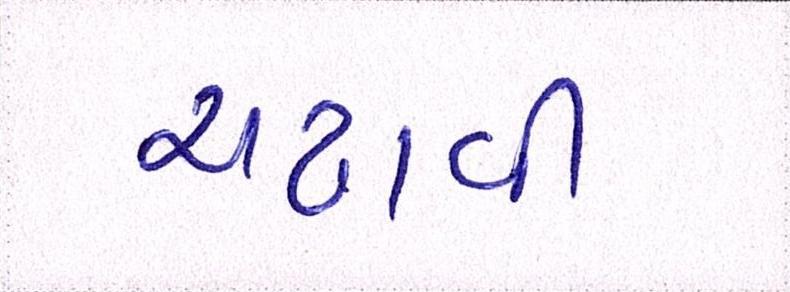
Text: ચઢાવી